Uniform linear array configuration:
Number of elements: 16
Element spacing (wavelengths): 0.5
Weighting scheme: exponential
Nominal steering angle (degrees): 0
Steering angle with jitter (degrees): -1.617
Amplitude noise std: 0.05
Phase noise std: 0.05

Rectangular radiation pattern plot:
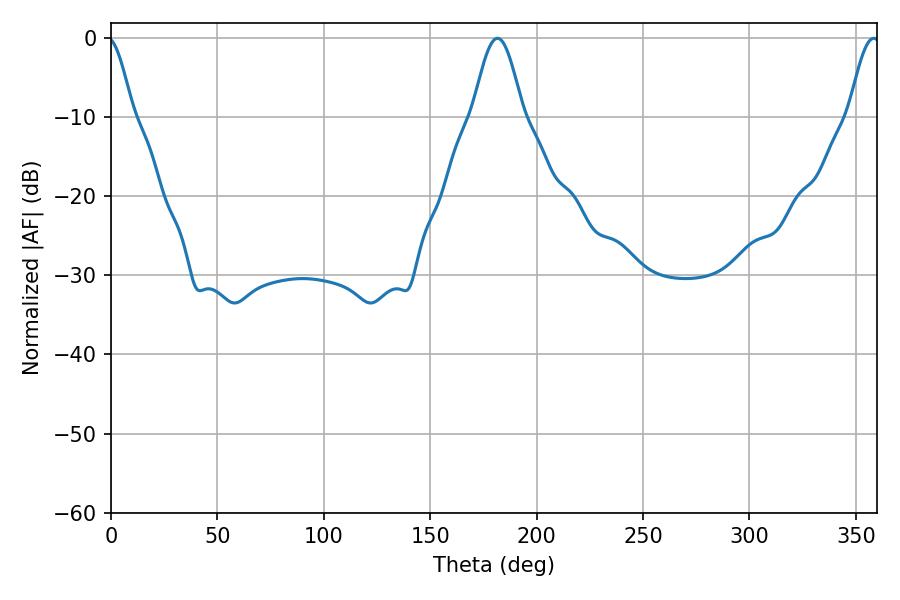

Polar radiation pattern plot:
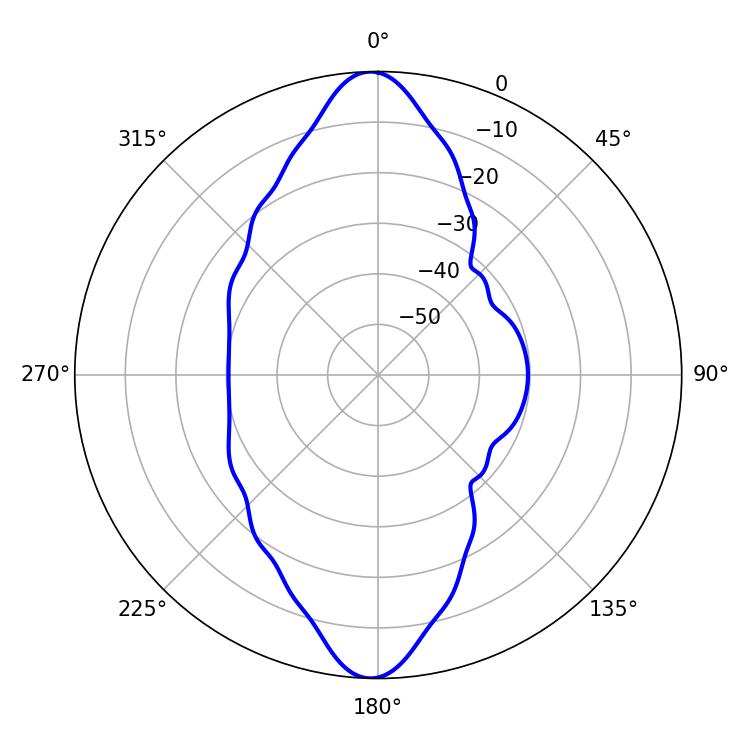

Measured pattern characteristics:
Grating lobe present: FALSE
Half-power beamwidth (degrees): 12.6
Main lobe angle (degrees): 181.62